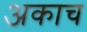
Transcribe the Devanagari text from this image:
अकाच